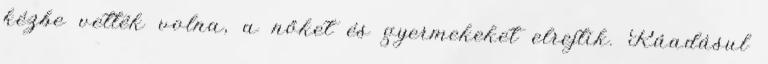
kézbe vették volna, a nőket és gyermekeket elrejtik. Ráadásul